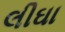
લીઘા